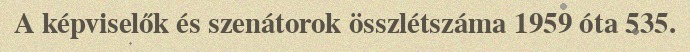
A képviselők és szenátorok összlétszáma 1959 óta 535.